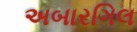
અબારગિલ